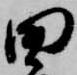
田